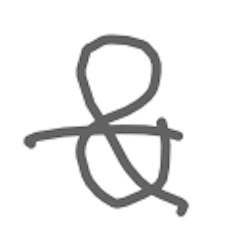
Text: &
Cross-out: single-line
Writing tool: digital_gray